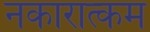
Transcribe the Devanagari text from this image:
नकारात्‍कम